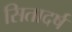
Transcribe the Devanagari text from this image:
सितादर्ष